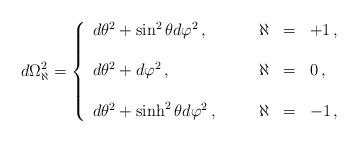
LaTeX: \begin{align*}d\Omega^{2}_{\aleph} =\left\{\begin{array}{lrcl}d\theta^{2} +\sin^{2}{\theta}d\varphi^{2}\, ,\hspace{1cm}&\aleph & = & +1\, ,\\& & & \\d\theta^{2} +d\varphi^{2}\, ,& \aleph & = & 0\, ,\\& & & \\d\theta^{2} +\sinh^{2}{\theta}d\varphi^{2}\, ,&\aleph & = & -1\, ,\\\end{array}\right.\end{align*}